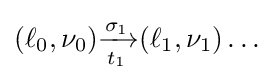
(\ell _{0},\nu _{0}){\xrightarrow[{t_{1}}]{\sigma _{1}}}(\ell _{1},\nu _{1})\dots